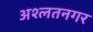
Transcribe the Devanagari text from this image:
अश्लतनगर